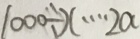
1 0 0 0 \div x \cdots 2 a